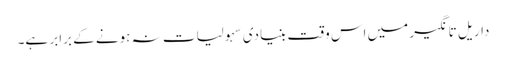
داریل تانگیر میں اس وقت بنیادی سہولیات نہ ہونے کے برابر ہے۔